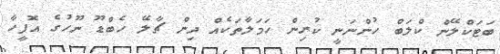
ބަޓަކްލޭން ކްލަބް ހުންނަނީ ކުރިން ހަމަލާތަކެއް ދިން ޗާލޭ ހެބްޑޫ ނޫހުގެ އޮފީހާ